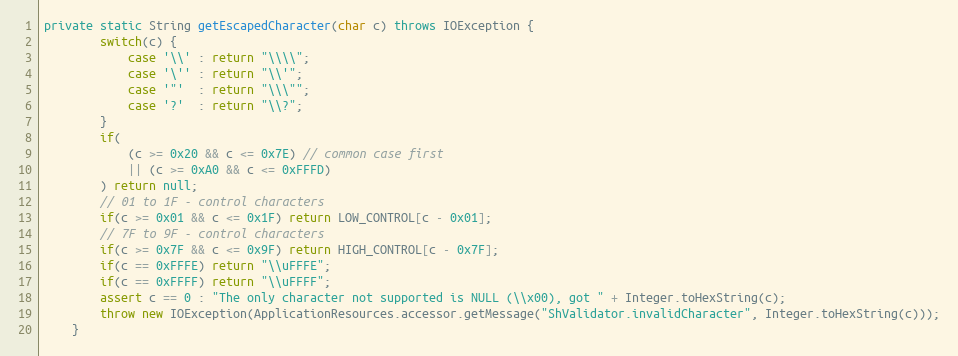
Language: Java
private static String getEscapedCharacter(char c) throws IOException {
		switch(c) {
			case '\\' : return "\\\\";
			case '\'' : return "\\'";
			case '"'  : return "\\\"";
			case '?'  : return "\\?";
		}
		if(
			(c >= 0x20 && c <= 0x7E) // common case first
			|| (c >= 0xA0 && c <= 0xFFFD)
		) return null;
		// 01 to 1F - control characters
		if(c >= 0x01 && c <= 0x1F) return LOW_CONTROL[c - 0x01];
		// 7F to 9F - control characters
		if(c >= 0x7F && c <= 0x9F) return HIGH_CONTROL[c - 0x7F];
		if(c == 0xFFFE) return "\\uFFFE";
		if(c == 0xFFFF) return "\\uFFFF";
		assert c == 0 : "The only character not supported is NULL (\\x00), got " + Integer.toHexString(c);
		throw new IOException(ApplicationResources.accessor.getMessage("ShValidator.invalidCharacter", Integer.toHexString(c)));
	}